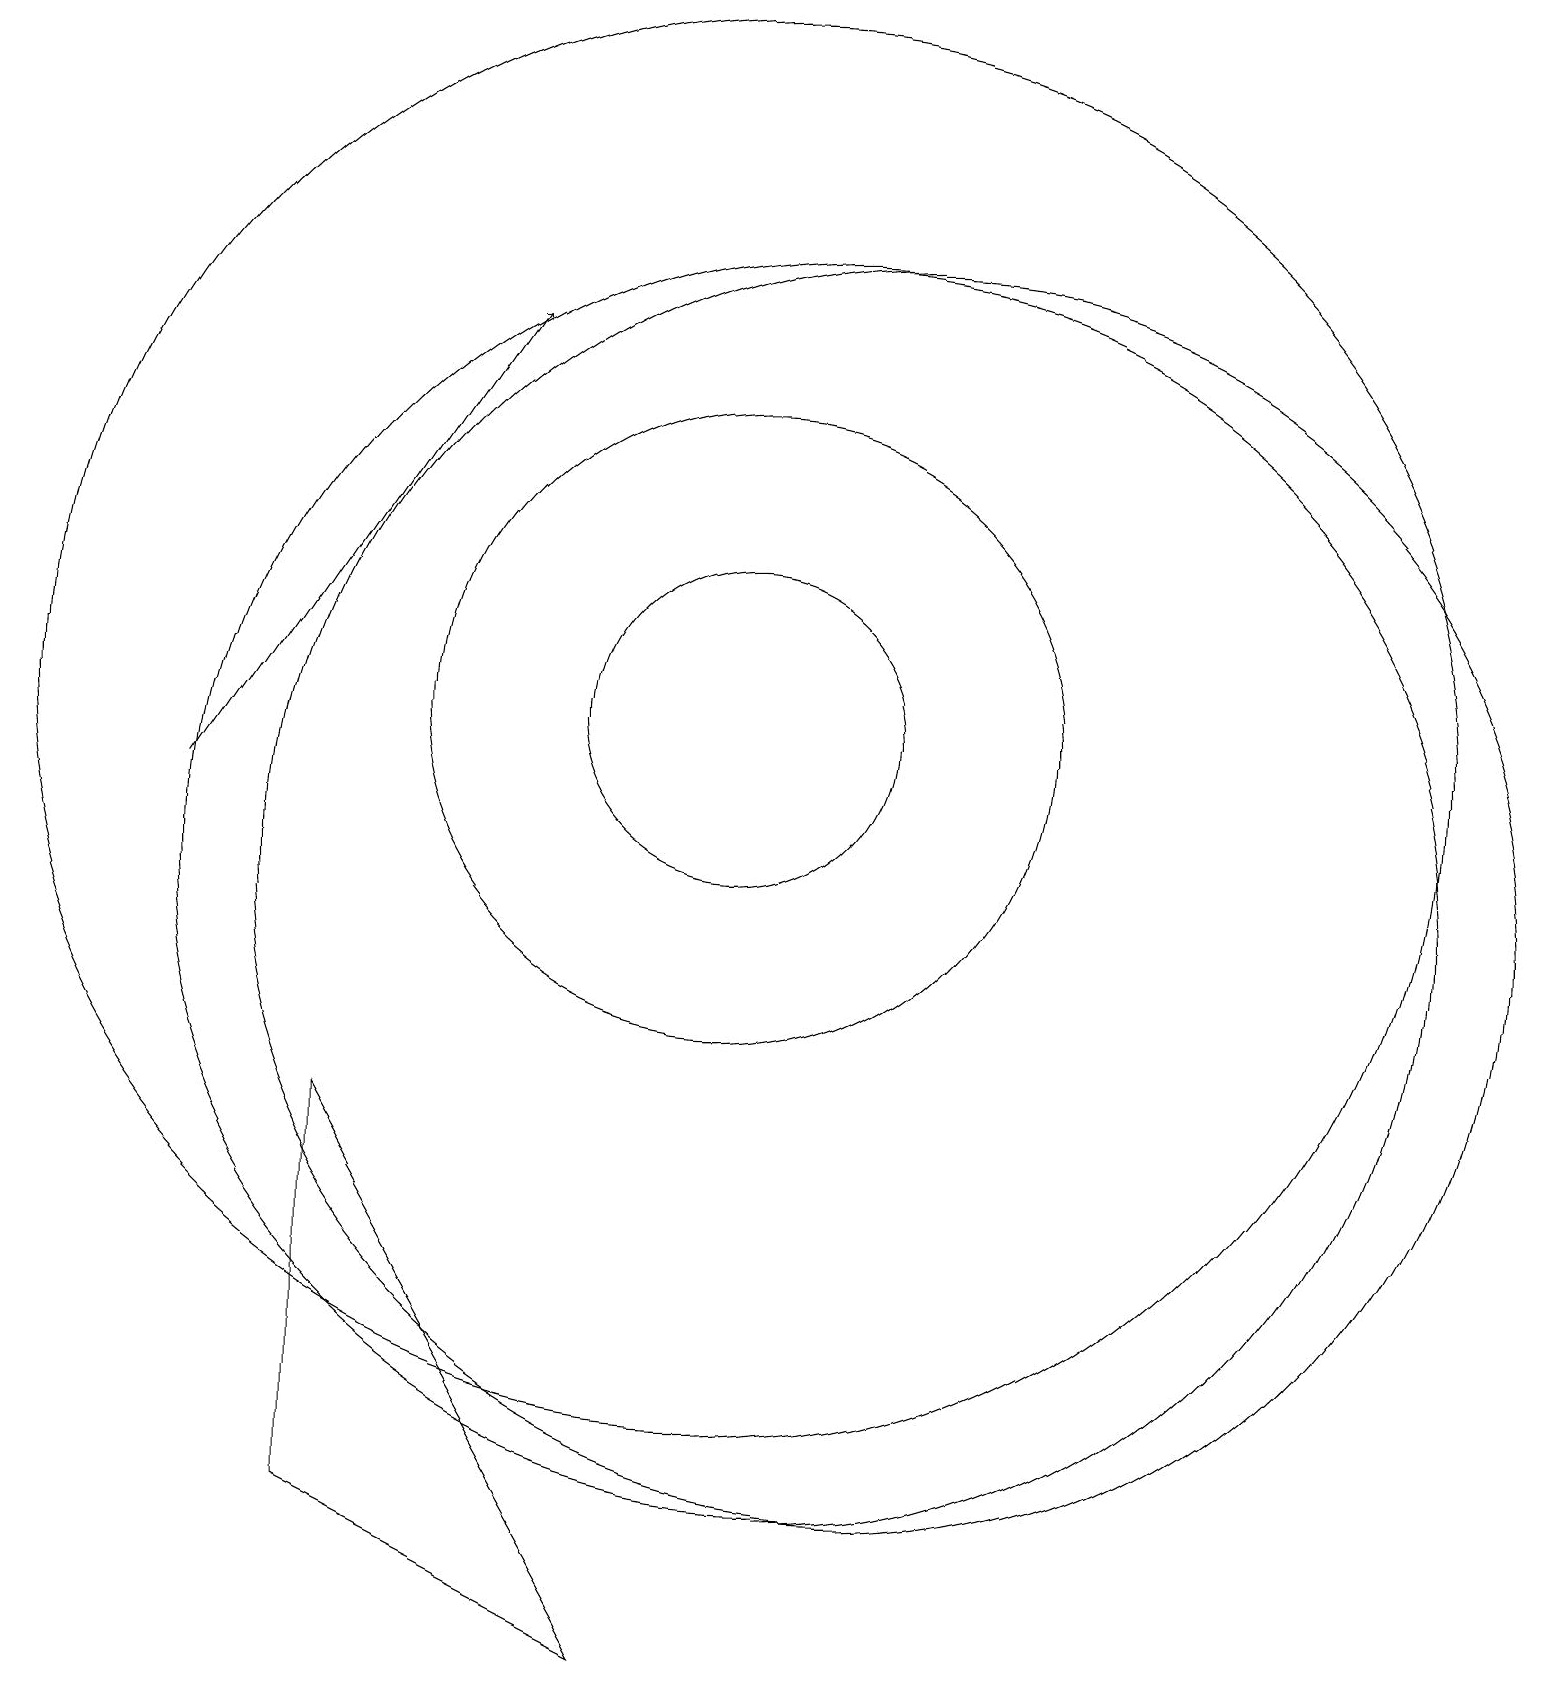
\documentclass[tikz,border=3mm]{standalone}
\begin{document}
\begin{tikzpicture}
\draw (11,10) circle (8);
\draw (10,12) circle (4);
\draw (10,12) circle (9);
\draw (12,10) circle (8);
\draw (10,12) circle (2);
\draw (5,7) -- (9,0) -- (5,2) -- cycle;
\draw[->] (3,11) -- (7,17);
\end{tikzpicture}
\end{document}